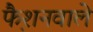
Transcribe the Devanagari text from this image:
फै़शनवाले